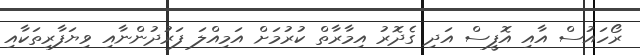
ރޯހައުސް އާއި އޮފީސް އަދި ގެދޮރު އިމާރާތް ކުރުމަށް އަމިއްލަ ފަރުދުންނާއި ވިޔަފާރިތަކާއި